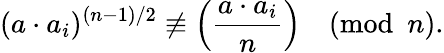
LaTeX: (a\cdot a_{i})^{(n-1)/2}\not\equiv\left({\frac{a\cdot a_{i}}{n}}\right){\pmod{n}}.